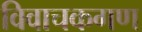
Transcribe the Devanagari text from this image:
विवाचकगण